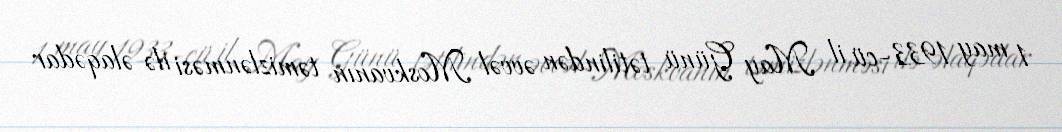
1 may 1933-cü il May Günü tətilindən əvvəl Moskvanın təmizlənməsi ilə əlaqədar